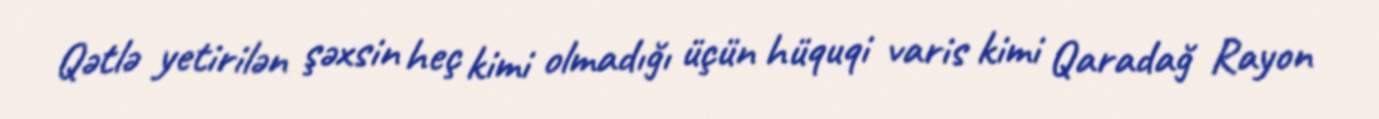
Qətlə yetirilən şəxsin heç kimi olmadığı üçün hüquqi varis kimi Qaradağ Rayon